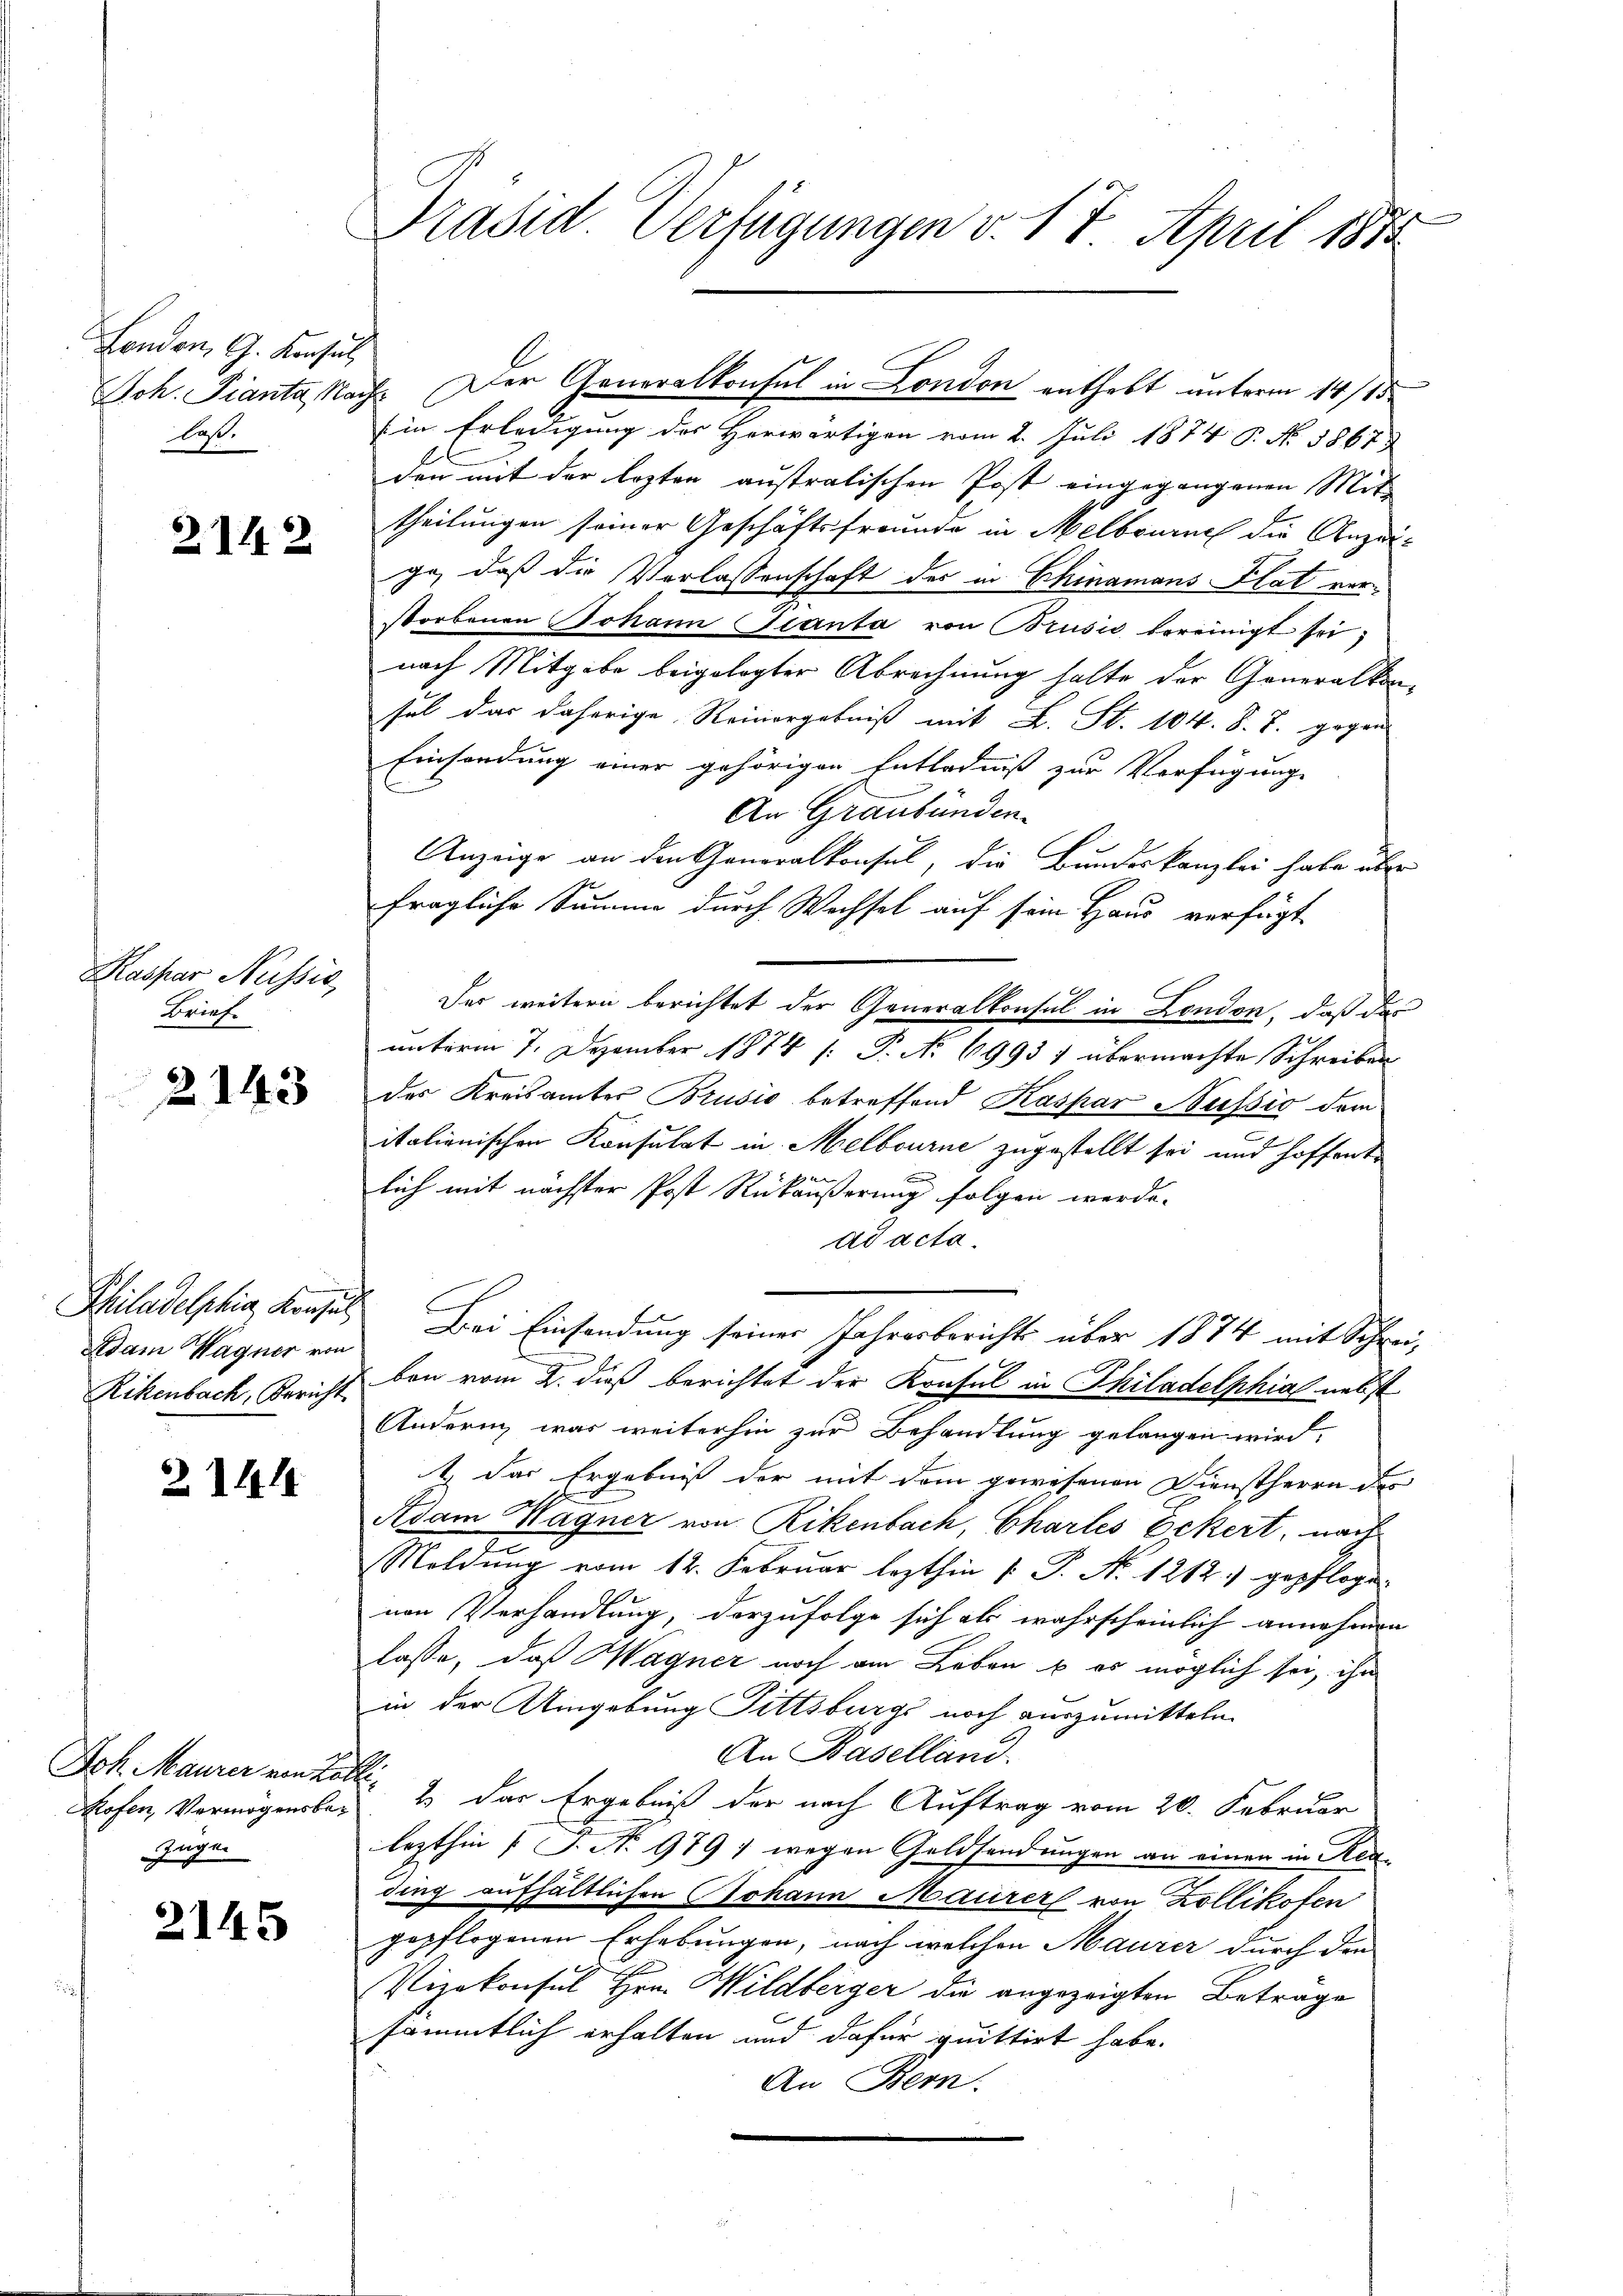
London, G. Konsul
hast.

2142

Kaspar Nüssić,
Brief.

2143

Philadelphia, Konsul
Adam Wagner von
Rikenbach, Bericht

2141

Joh. Maurer von La
Kofen, Vermögensbe¬
Zinger

2145

Präsid. Verfügungen v. 17. April 1855

(in Erledigung des Herwärtigen vom 2. Juli 1874 P. Nr. 1867
den mit der lezten austratischen Post eingegangenen Mit-
theilungen seiner Geschäftsfreunde in Melbournal die Anzeige, daß die Verlassenschaft des in Chinamans Plat verstorbenen Johann Ganta von Brusić bereinigt sei;
nach Mitgabe beigelegter Abrechnung halte der Generalkonsel das daherige Reinergebniß mit L. St. 104. d. J. gegen
Einsendung einer gehörigen Entladniß zur Verfügung
An Graubünden.
Anzeige an den Generalkonsul, die Bundeskanzlei habe über
fragliche Summe durch Wachsel auf sein Haus verfügt
Des weitern berichtet der Generalkonsul in London, daß das
unterm 7. Dezember 1874 (: P. No 69937 übermachte Schreiben
des Kreisamtes Brusio betreffend Kaspar Nussio dem
italienischen Konsulat in Melbourne zugestellt sei und hoffent
1
lich mit nächster Post Rückäußerung folgen werde.
ad acta.
Drei Einsendung seiner Jahresberichts über 1874 mit Schreiben vom 2. dieß berichtet der Konsul in Philadelphia nebst
Andern was weiterhin zur Behandlung gelangen wird,
1.) Das Ergebniß der mit dem gewesenen Dienstherrn der
Adam Wagner von Rikenbach, Chartes Eckert, nach
Moldung vom 12. Februar lezthin  P. Nr. 1212. gepfloge
nen Verhandlung, darzufolge sich als wahrscheinlich annehmen
lasse, daß Wagner noch am Leben & es möglich sei, ihn
in der Umgebung Fittsburgs noch auszumitteln
An Baselland.
 2. Das Ergebniß der nach Auftrag vom 20. Februar
lezthin 1 S. N. 979 1 wegen Geldsendungen an einen in Reading aufhältlichen Johann Maurer von Zollikofen
gepflogenen Erhebungen, nach welchen Maurer durch die
Vizekonsul Hrn. Wildberger die angezeigten Betrage
sämmtlich erhalten und dafür quittirt habe.
An Bern.

Joh. Fianta, Nach. Der Generalkonsul in London enthebt unterm 14/15